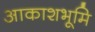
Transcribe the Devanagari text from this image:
आकाशभूमि